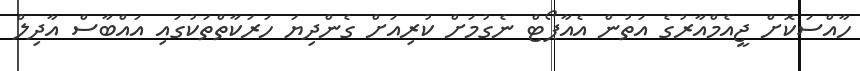
ހާއްސަކޮށް ޖީއެމްއާރުގެ އަތުން އެއާޕޯޓް ނެގުމަށް ކުރިއަށް ގެންދިޔަ ހަރަކާތްތަކުގައި އައްބާސް އާދިލް